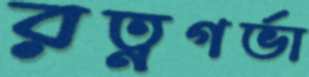
রত্নগর্ভা